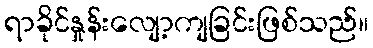
ရာခိုင်နှုန်းလျော့ကျခြင်းဖြစ်သည်။